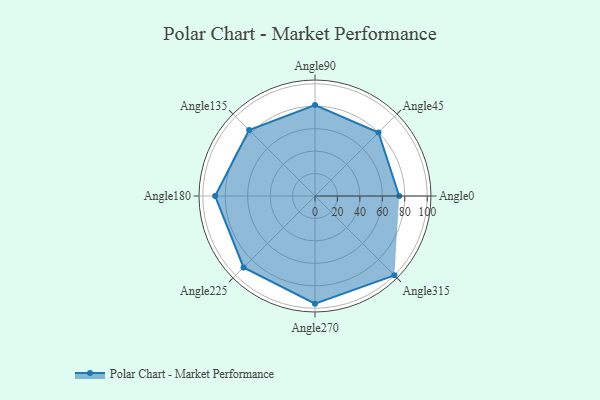
{"axis": {"x": "Angle", "y": "Radius"}, "legend": [""], "data": [{"x": "Angle0", "y": 75.0, "type": ""}, {"x": "Angle45", "y": 80.0, "type": ""}, {"x": "Angle90", "y": 81.0, "type": ""}, {"x": "Angle135", "y": 83.0, "type": ""}, {"x": "Angle180", "y": 89.0, "type": ""}, {"x": "Angle225", "y": 90.0, "type": ""}, {"x": "Angle270", "y": 96.0, "type": ""}, {"x": "Angle315", "y": 100.0, "type": ""}]}